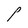
Character: P